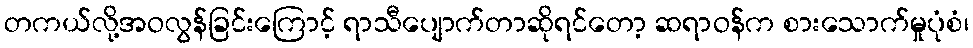
တကယ်လို့အဝလွန်ခြင်းကြောင့် ရာသီပျောက်တာဆိုရင်တော့ ဆရာဝန်က စားသောက်မှုပုံစံ၊